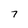
Character: 7